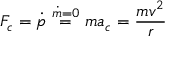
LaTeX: F _ { c } = { \dot { p } } \ { \overset { { \dot { m } } = 0 } { = } } \ m a _ { c } = { \frac { m v ^ { 2 } } { r } }